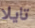
تايلا